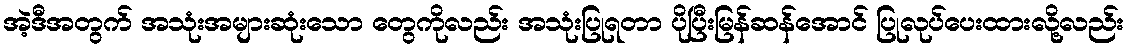
အဲ့ဒီအတွက် အသုံးအများဆုံးသော တွေကိုလည်း အသုံးပြုရတာ ပိုပြီးမြန်ဆန်အောင် ပြုလုပ်ပေးထားလို့လည်း